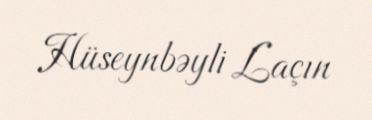
Hüseynbəyli Laçın